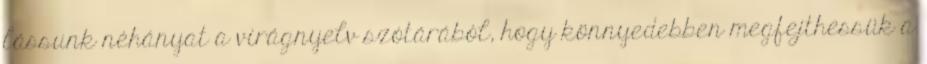
lássunk néhányat a virágnyelv szótárából, hogy könnyedebben megfejthessük a